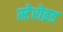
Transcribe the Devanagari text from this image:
स्टेरोइड